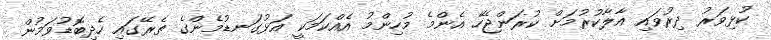
ކުޅިވަރު ދިރުވައި އާލާކުރުމަށް ކުރަންޖެހޭ އެންމެ މުހިންމު އެއްކަމަކީ އަޅުގަނޑުމެންގެ ތެރޭގައި ހެދިބޮޑުވަމުން